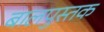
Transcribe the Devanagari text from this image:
बालपुस्तक